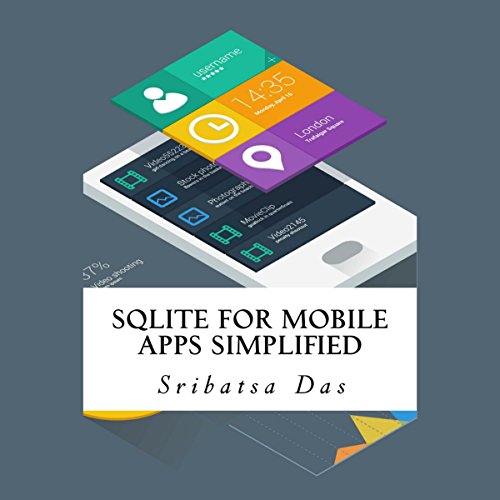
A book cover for SQLite for Mobile Apps Simplified: Step by Step Details to Create and Access Database from Android, BlackBerry and iPhone Apps; Sribatsa Das; Computers & Technology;